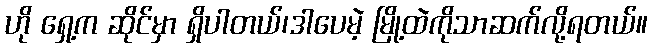
ဟို ရှေ့က ဆိုင်မှာ ရှိပါတယ်၊ဒါပေမဲ့ မြို့ထဲကိုသာဆက်လို့ရတယ်။